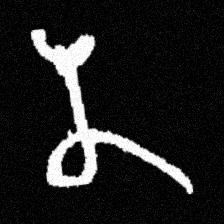
Pyu character \u2014 Myanmar letter: န (romanized: na)